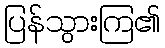
ပြန်သွားကြ၏